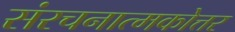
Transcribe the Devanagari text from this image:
संरचनात्मकोत्तर